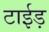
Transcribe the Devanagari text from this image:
टाईड़